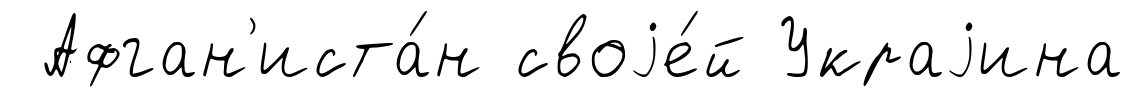
Афган'иста́н своjе́й Украjина